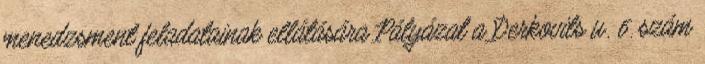
menedzsment feladatainak ellátására Pályázat a Derkovits u. 6. szám